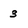
Character: 3